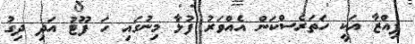
ޕިއްޒާ އަކީ ހަތަރެސްކަން އެއްވަރު ފުޅާ މިނުގައި ހަ ފޫޓު އަދި ދިގު